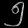
Digit: ၅